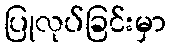
ပြုလုပ်ခြင်းမှာ